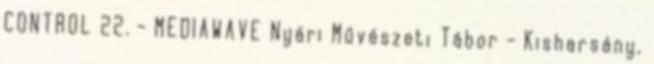
CONTROL 22. - MEDIAWAVE Nyári Művészeti Tábor - Kisharsány,